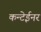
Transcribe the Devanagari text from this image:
कन्टेईनर